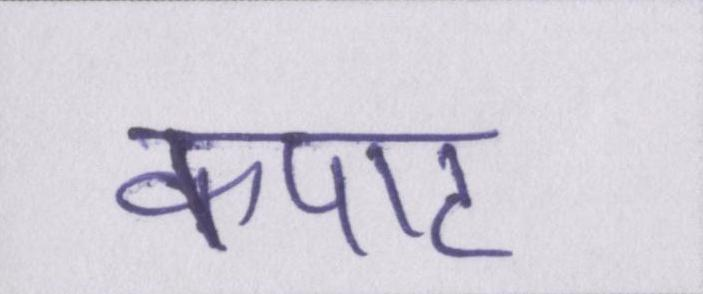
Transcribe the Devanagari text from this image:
कपाट